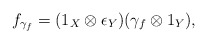
\begin{gather*}f_{\gamma_f}=(1_X\otimes \epsilon_Y) (\gamma_f \otimes 1_Y),\end{gather*}